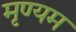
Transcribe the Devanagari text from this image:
मृण्यम